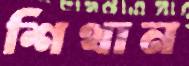
শিথান